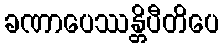
ခဏာပေဿန္တိပီတိပေ